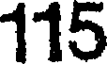
115